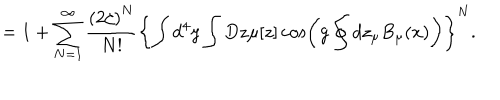
LaTeX: = 1 + \sum _ { N = 1 } ^ { \infty } \frac { \left( 2 \zeta \right) ^ { N } } { N ! } \left\{ \int d ^ { 4 } y \int D z \mu [ z ] \cos \left( g \oint d z _ { \mu } B _ { \mu } ( x ) \right) \right\} ^ { N } .